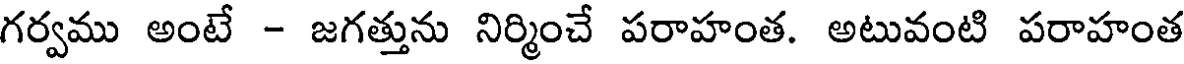
గర్వము అంటే - జగత్తును నిర్మించే పరాహంత. అటువంటి పరాహంత